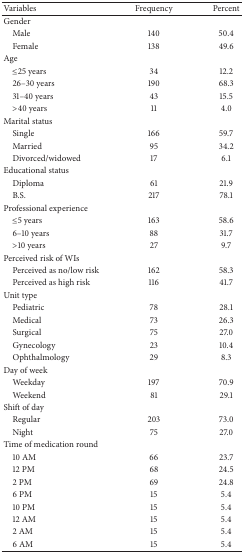
<table><thead><tr><td><b>Variables</b></td><td><b>Frequency</b></td><td><b>Percent</b></td></tr></thead><tbody><tr><td>Gender</td><td> </td><td> </td></tr><tr><td> Male</td><td>140</td><td>50.4</td></tr><tr><td> Female</td><td>138</td><td>49.6</td></tr><tr><td>Age</td><td> </td><td> </td></tr><tr><td> ≤25 years</td><td>34</td><td>12.2</td></tr><tr><td> 26–30 years</td><td>190</td><td>68.3</td></tr><tr><td> 31–40 years</td><td>43</td><td>15.5</td></tr><tr><td> &gt;40 years</td><td>11</td><td>4.0</td></tr><tr><td>Marital status</td><td> </td><td> </td></tr><tr><td> Single</td><td>166</td><td>59.7</td></tr><tr><td> Married</td><td>95</td><td>34.2</td></tr><tr><td> Divorced/widowed</td><td>17</td><td>6.1</td></tr><tr><td>Educational status</td><td> </td><td> </td></tr><tr><td> Diploma</td><td>61</td><td>21.9</td></tr><tr><td> B.S.</td><td>217</td><td>78.1</td></tr><tr><td>Professional experience</td><td> </td><td> </td></tr><tr><td> ≤5 years</td><td>163</td><td>58.6</td></tr><tr><td> 6–10 years</td><td>88</td><td>31.7</td></tr><tr><td> &gt;10 years</td><td>27</td><td>9.7</td></tr><tr><td>Perceived risk of WIs</td><td> </td><td> </td></tr><tr><td> Perceived as no/low risk</td><td>162</td><td>58.3</td></tr><tr><td> Perceived as high risk</td><td>116</td><td>41.7</td></tr><tr><td>Unit type</td><td> </td><td> </td></tr><tr><td> Pediatric</td><td>78</td><td>28.1</td></tr><tr><td> Medical</td><td>73</td><td>26.3</td></tr><tr><td> Surgical</td><td>75</td><td>27.0</td></tr><tr><td> Gynecology</td><td>23</td><td>10.4</td></tr><tr><td> Ophthalmology</td><td>29</td><td>8.3</td></tr><tr><td>Day of week</td><td> </td><td> </td></tr><tr><td> Weekday</td><td>197</td><td>70.9</td></tr><tr><td> Weekend</td><td>81</td><td>29.1</td></tr><tr><td>Shift of day</td><td> </td><td> </td></tr><tr><td> Regular</td><td>203</td><td>73.0</td></tr><tr><td> Night</td><td>75</td><td>27.0</td></tr><tr><td>Time of medication round</td><td> </td><td> </td></tr><tr><td> 10 AM</td><td>66</td><td>23.7</td></tr><tr><td> 12 PM</td><td>68</td><td>24.5</td></tr><tr><td> 2 PM</td><td>69</td><td>24.8</td></tr><tr><td> 6 PM</td><td>15</td><td>5.4</td></tr><tr><td> 10 PM</td><td>15</td><td>5.4</td></tr><tr><td> 12 AM</td><td>15</td><td>5.4</td></tr><tr><td> 2 AM</td><td>15</td><td>5.4</td></tr><tr><td> 6 AM</td><td>15</td><td>5.4</td></tr></tbody></table>